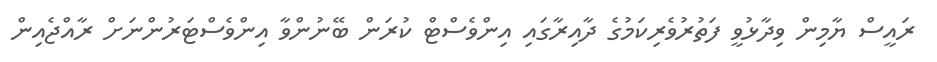
ރައީސް ޔާމިން ވިދާޅުވީ ފަތުރުވެރިކަމުގެ ދާއިރާގައި އިންވެސްޓް ކުރަން ބޭނުންވާ އިންވެސްޓަރުންނަށް ރާއްޖެއިން